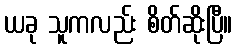
ယခု သူကလည်း စိတ်ဆိုးပြီ။